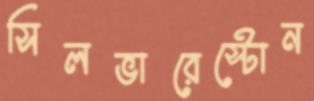
সিলভারেস্টোন